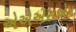
એએએસએમ